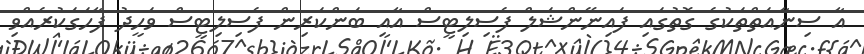
އާ ސިނާއަތްތަކުގެ ގޮތުގައި ފައިނޭންޝަލް ފެސިލިޓީސް އާއި ބަންކަރިން ފެސިލިޓީސް ވަހީދު ފާހަގަކުރެއްވި